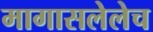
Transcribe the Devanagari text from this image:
मागासलेलेच